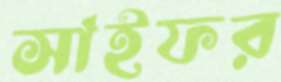
সাইফর